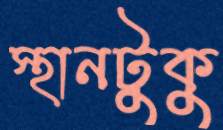
স্থানটুকু